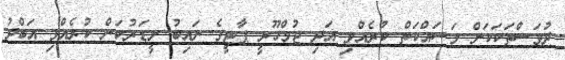
ދުވަސްތަކަކަށް މަސައްކަތް ކުރެއްވި އަދި ޖުމްހޫރީ ޕާޓީގެ ނައިބު ލީޑަރުކަން ކުރެއްވި އަބްދު